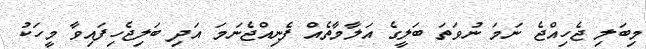
މިބަލި ޖެހިއްޖެ ނަމަ ނުވަތަ ބަލީގެ އަލާމާތެއް ފެނިއްޖެނަމަ އަދި ބަލިޖެހިފައިވާ މީހަކު